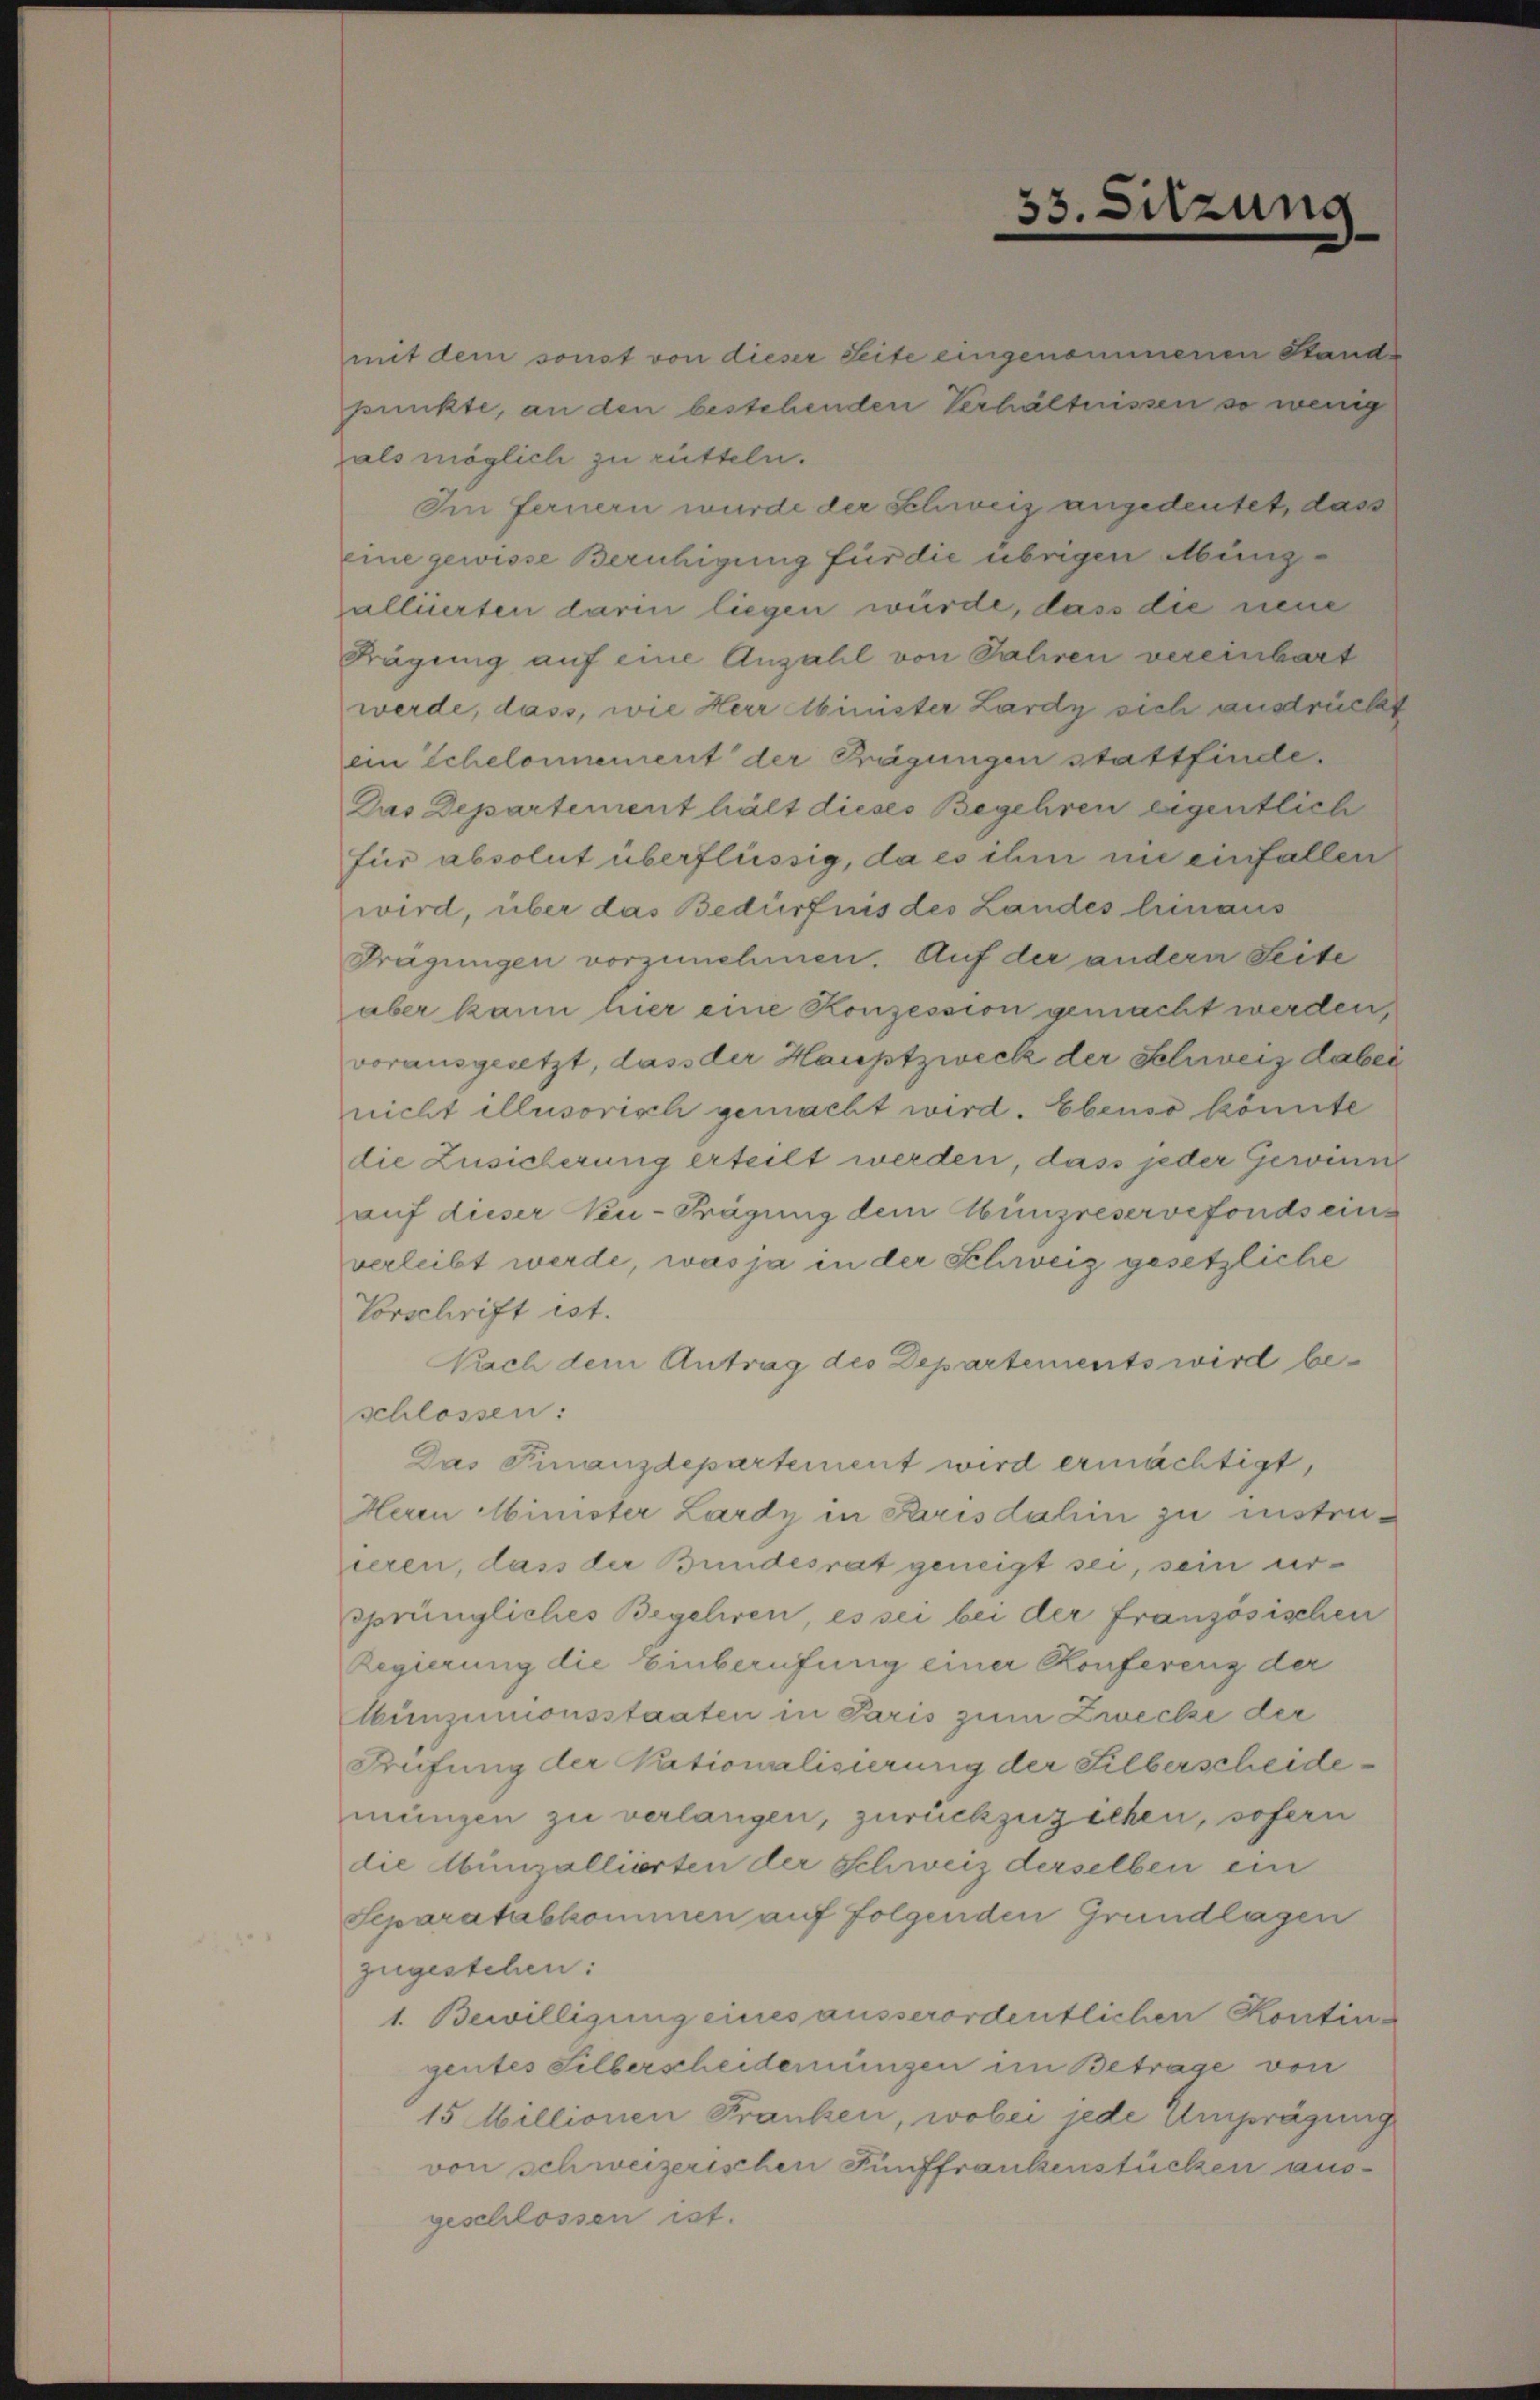
33. Sitzung

mit dem sonst von dieser Seite eingenommenen Stande
punkte, an den bestehenden Verhältnissen so wenig
als möglich zu rütteln.
Im fernern wurde der Schweiz angedeutet, dass
eine gewisse Beruhigung für die übrigen Müngalliierten darin liegen würde, dass die neue
Frägung auf eine Anzahl von Jahren vereinbart
werde, dass, wie Herr Minister Lardy sich ausdrückt
ein Schelonnement der Prägungen stattfinde.
Das Departement hält dieses Begehren eigentlich
für absolut überflüssig, da es ihm nie einfallen
wird, über das Bedürfnis des Landes hinaus
Frägungen vorzunehmen. Auf der andern Seite
aber kann hier eine Konzession gemacht werden,
vorausgesetzt, dass der Hauptzweck der Schweiz dabei
nicht illusorisch gemacht wird. Ebenso könnte
die Zusicherung erteilt werden, dass jeder Gerinne
auf dieser Ku-Prägung dem Münzreservefonds eins
verleibt werde, was ja in der Schweiz gesetzliche
Vorschrift ist.
Nach dem Antrag des Departements wird beschlossen:
Das Finanzdepartement wird ermächtigt,
Herrn Minister Lardy in Paris dahin zu instruieren, dass der Bundesrat geneigt sei, sein ursprüngliches Begehren, es sei bei der französischen
Regierung die Einberufung einer Konfereng der
unzumonsstaaten in Paris zum Zwecke der
Prüfung der Nationalisierung der Silberscheidemungen zu verlangen, zurückzuziehen, sofern
die bunzallierten der Schweiz derselben ein
Separatabkommen auf folgenden Grundlagen
zugestehen:
1. Bewilligung eines ausserordentlichen Kontin-
gentes Silberscheiderungen im Betrage von
15 Millionen Franken, wobei jede Amprägung
von schweizerischen Fünffrankenstücken ausgeschlossen ist.